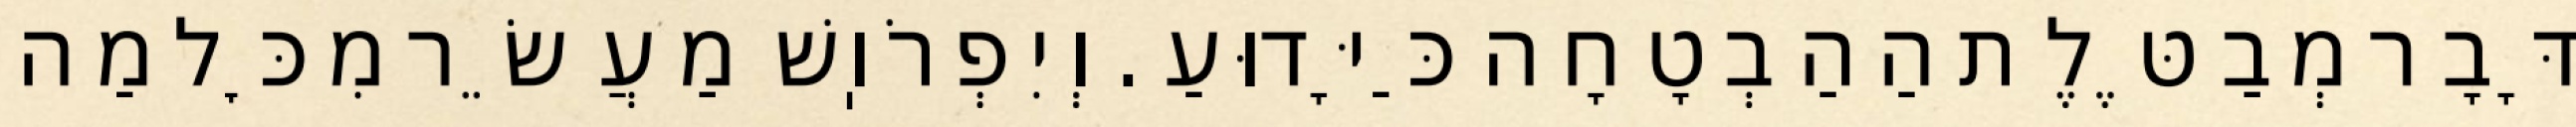
דָּבָר מְבַטֶּלֶת הַהַבְטָחָה כַּיָּדוּעַ. וְיִפְרֹוֽשׁ מַעֲשֵׂר מִכׇּל מַה